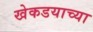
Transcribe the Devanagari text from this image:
खेकडयाच्या